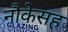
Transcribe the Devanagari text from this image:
नौकेसह